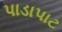
પાડાપાટ